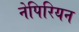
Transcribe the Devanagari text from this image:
नेपिरियन